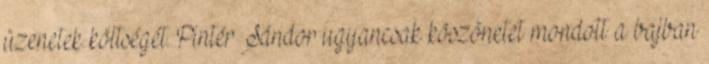
üzenetek költségét. Pintér Sándor ugyancsak köszönetet mondott a bajban